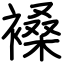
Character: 褬